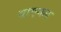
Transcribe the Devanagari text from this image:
वाएगल